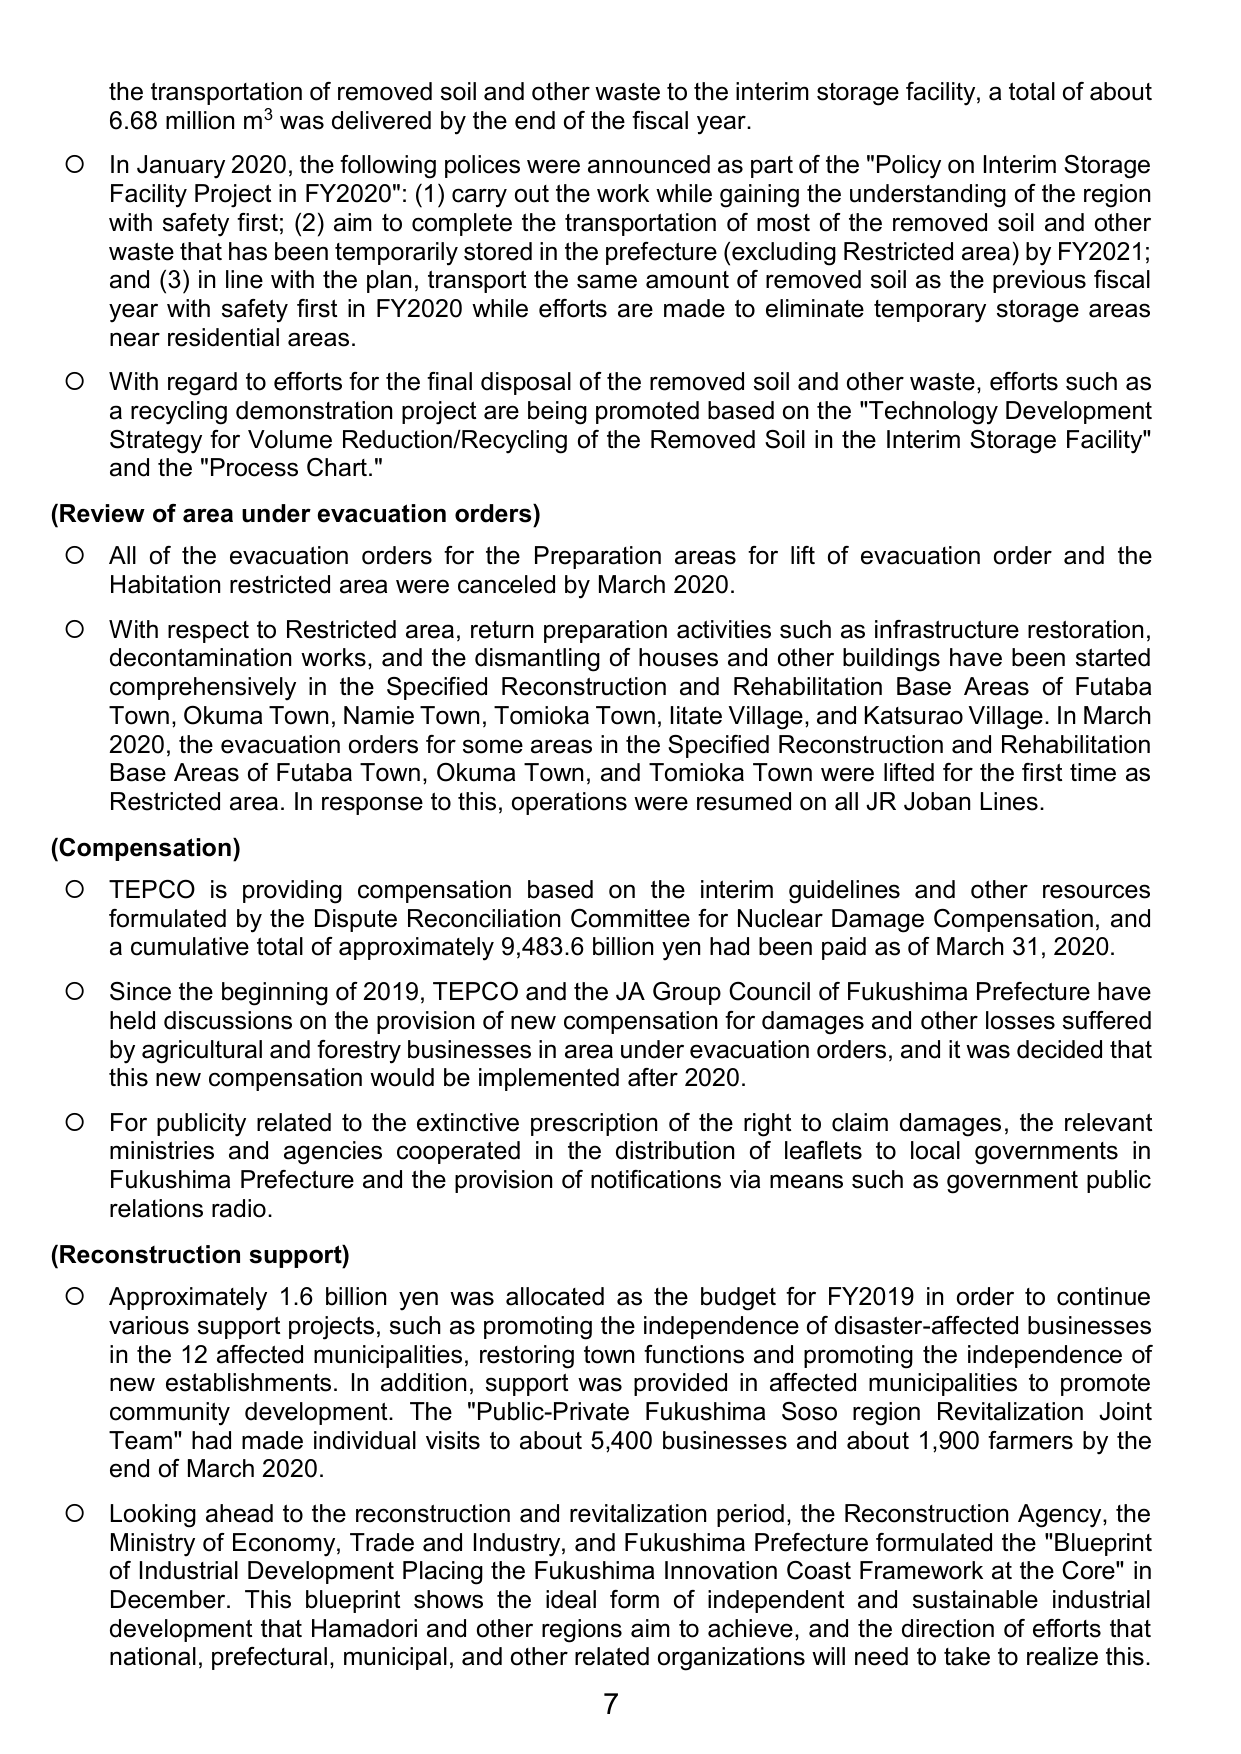
the transportation of removed soil and other waste to the interim storage facility, a total of about 6.68 million m³ was delivered by the end of the fiscal year.

○ In January 2020, the following policies were announced as part of the "Policy on Interim Storage Facility Project in FY2020": (1) carry out the work while gaining the understanding of the region with safety first; (2) aim to complete the transportation of most of the removed soil and other waste that has been temporarily stored in the prefecture (excluding Restricted area) by FY2021; and (3) in line with the plan, transport the same amount of removed soil as the previous fiscal year with safety first in FY2020 while efforts are made to eliminate temporary storage areas near residential areas.

○ With regard to efforts for the final disposal of the removed soil and other waste, efforts such as a recycling demonstration project are being promoted based on the "Technology Development Strategy for Volume Reduction/Recycling of the Removed Soil in the Interim Storage Facility" and the "Process Chart."

(Review of area under evacuation orders)

○ All of the evacuation orders for the Preparation areas for lift of evacuation order and the Habitation restricted area were canceled by March 2020.

○ With respect to Restricted area, return preparation activities such as infrastructure restoration, decontamination works, and the dismantling of houses and other buildings have been started comprehensively in the Specified Reconstruction and Rehabilitation Base Areas of Futaba Town, Okuma Town, Namie Town, Tomioka Town, Iitate Village, and Katsurao Village. In March 2020, the evacuation orders for some areas in the Specified Reconstruction and Rehabilitation Base Areas of Futaba Town, Okuma Town, and Tomioka Town were lifted for the first time as Restricted area. In response to this, operations were resumed on all JR Joban Lines.

(Compensation)

○ TEPCO is providing compensation based on the interim guidelines and other resources formulated by the Dispute Reconciliation Committee for Nuclear Damage Compensation, and a cumulative total of approximately 9,483.6 billion yen had been paid as of March 31, 2020.

○ Since the beginning of 2019, TEPCO and the JA Group Council of Fukushima Prefecture have held discussions on the provision of new compensation for damages and other losses suffered by agricultural and forestry businesses in area under evacuation orders, and it was decided that this new compensation would be implemented after 2020.

○ For publicity related to the extinctive prescription of the right to claim damages, the relevant ministries and agencies cooperated in the distribution of leaflets to local governments in Fukushima Prefecture and the provision of notifications via means such as government public relations radio.

(Reconstruction support)

○ Approximately 1.6 billion yen was allocated as the budget for FY2019 in order to continue various support projects, such as promoting the independence of disaster-affected businesses in the 12 affected municipalities, restoring town functions and promoting the independence of new establishments. In addition, support was provided in affected municipalities to promote community development. The "Public-Private Fukushima Soso region Revitalization Joint Team" had made individual visits to about 5,400 businesses and about 1,900 farmers by the end of March 2020.

○ Looking ahead to the reconstruction and revitalization period, the Reconstruction Agency, the Ministry of Economy, Trade and Industry, and Fukushima Prefecture formulated the "Blueprint of Industrial Development Placing the Fukushima Innovation Coast Framework at the Core" in December. This blueprint shows the ideal form of independent and sustainable industrial development that Hamadori and other regions aim to achieve, and the direction of efforts that national, prefectural, municipal, and other related organizations will need to take to realize this.

7